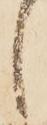
し